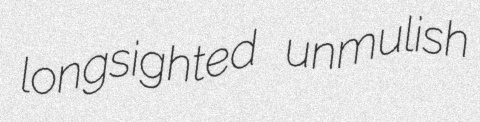
longsighted unmulish